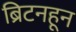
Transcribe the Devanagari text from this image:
ब्रिटनहून